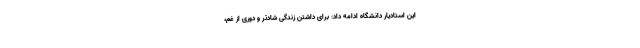
این استادیار دانشگاه ادامه داد: برای داشتن زندگی شادتر و دوری از غم،